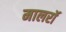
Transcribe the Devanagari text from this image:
मालरॉ